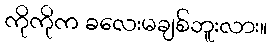
ကိုကိုက ခလေးမချစ်ဘူးလား။